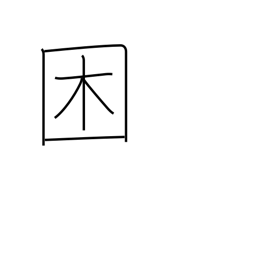
Meaning: become distressed